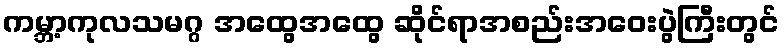
ကမ္ဘာ့ကုလသမဂ္ဂ အထွေအထွေ ဆိုင်ရာအစည်းအဝေးပွဲကြီးတွင်